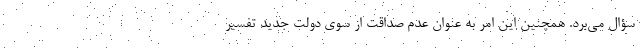
سؤال می‌برد. همچنین این امر به عنوان عدم صداقت از سوی دولت جدید تفسیر